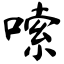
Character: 嗦